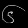
Digit: ၆